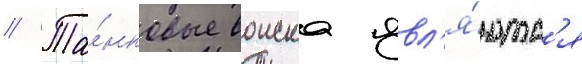
// Та́нковые воиска явл'я́ютс'я